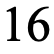
16